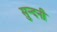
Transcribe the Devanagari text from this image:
सुन्दनी